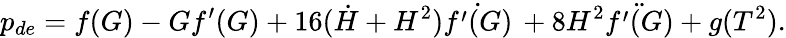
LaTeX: p_{de}=f(G)-Gf^{\prime}(G)+16(\dot{H}+H^{2})\dot{f^{\prime}(G)}\, +8H^{2}\ddot{f^{\prime}(G)}+g(T^{2}).